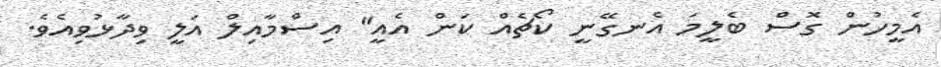
އެމީހުން ގޮސް ބެލީމަ އެނގޭނީ ކޯޗެއް ކަން އެއީ" އިސްމާއިލް އަލީ ވިދާޅުވިއެވެ.